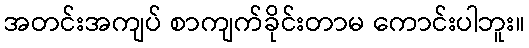
အတင်းအကျပ် စာကျက်ခိုင်းတာမ ကောင်းပါဘူး။